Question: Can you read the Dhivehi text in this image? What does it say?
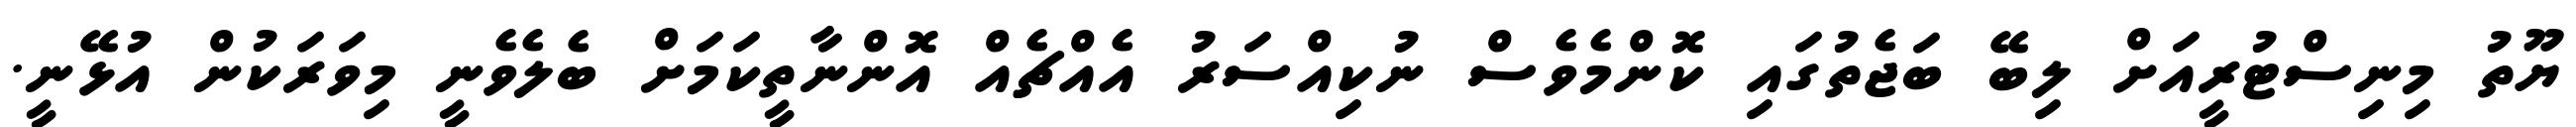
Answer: ޔޫތު މިނިސްޓުރީއަށް ލިބޭ ބަޖެތުގައި ކޮންމެވެސް ނުކިއްސަރު އެއްޗެއް އޮންނާތީކަމަށް ބެލެވެނީ މިވަރަކުން އުޅޭނީ.